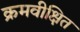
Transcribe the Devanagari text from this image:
क्रमवीक्षित